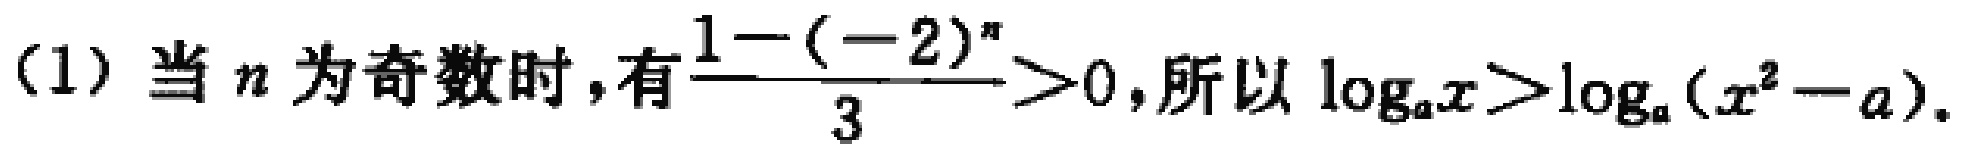
(1) 当 \(n\) 为奇数时，有\(\frac{1 - (-2)^{n}}{3}>0\)，所以 \(\log_{a}x>\log_{a}(x^{2}-a)\)。